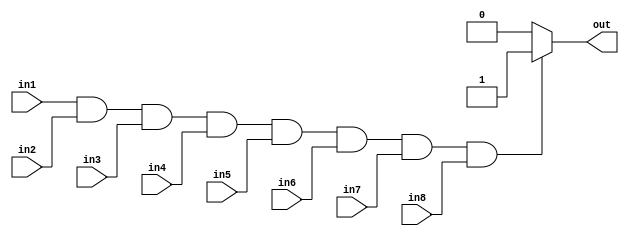
module eight_input_and_gate (
    input wire in1,
    input wire in2,
    input wire in3,
    input wire in4,
    input wire in5,
    input wire in6,
    input wire in7,
    input wire in8,
    output reg out
);

always @(*) begin
    if (in1 && in2 && in3 && in4 && in5 && in6 && in7 && in8) begin
        out = 1'b1;
    end
    else begin
        out = 1'b0;
    end
end

endmodule